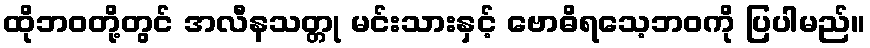
ထိုဘဝတို့တွင် အလီနသတ္တု မင်းသားနှင့် ဗောဓိရသေ့ဘဝကို ပြပါမည်။